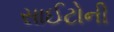
સાઈટોની